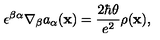
\epsilon ^ { \beta \alpha } \nabla _ { \beta } a _ { \alpha } ( { \bf x } ) = { \frac { 2 \hbar \theta } { e ^ { 2 } } } \rho ( { \bf x } ) ,